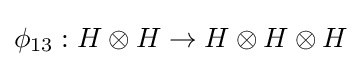
\phi _{13}:H\otimes H\to H\otimes H\otimes H